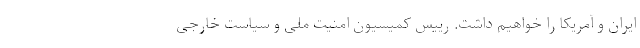
ایران و آمریکا را خواهیم داشت. رییس کمیسیون امنیت ملی و سیاست خارجی